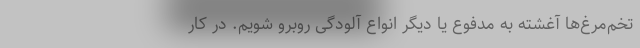
تخم‌مرغ‌ها آغشته به مدفوع یا دیگر انواع آلودگی روبرو شویم. در کار